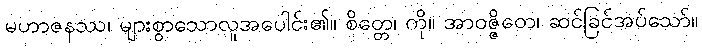
မဟာဇနဿ၊ များစွာသောလူအပေါင်း၏။ စိတ္တေ၊ ကို။ အာဝဇ္ဇိတေ၊ ဆင်ခြင်အပ်သော်။